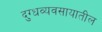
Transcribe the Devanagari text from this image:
दुग्धव्यवसायातील